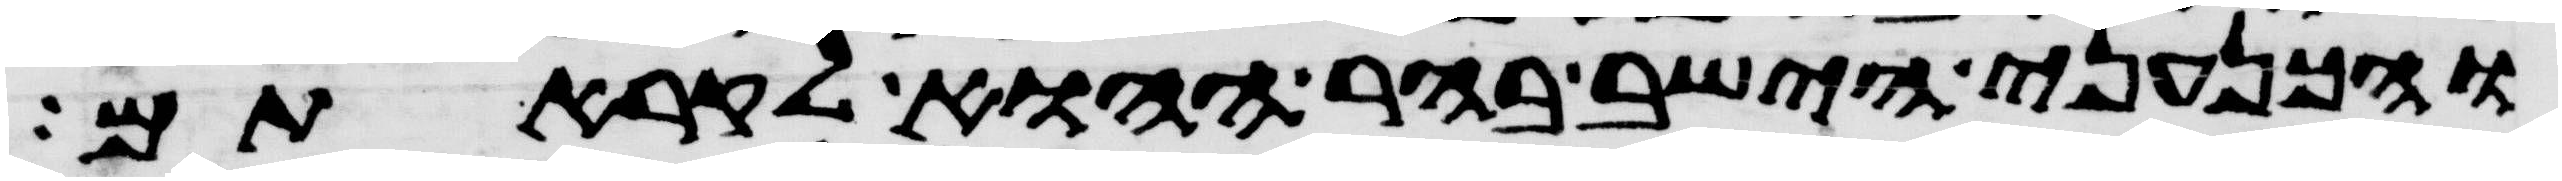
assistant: והכנעני הישב בהר ההוא לקראתם